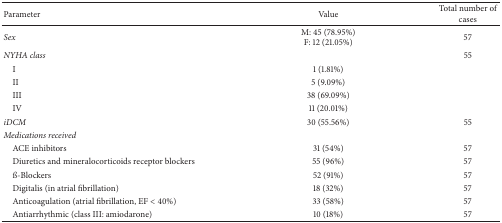
<table><thead><tr><td><b>Parameter</b></td><td><b>Value</b></td><td><b>Total number of cases</b></td></tr></thead><tbody><tr><td><i>Sex</i></td><td>M: 45 (78.95%)F: 12 (21.05%)</td><td>57</td></tr><tr><td><i>NYHA class</i> </td><td> </td><td>55</td></tr><tr><td> I</td><td>1 (1.81%)</td><td rowspan="4"> </td></tr><tr><td> II</td><td>5 (9.09%)</td></tr><tr><td> III</td><td>38 (69.09%)</td></tr><tr><td> IV</td><td>11 (20.01%)</td></tr><tr><td><i>iDCM</i></td><td>30 (55.56%)</td><td>55</td></tr><tr><td><i>Medications received</i></td><td> </td><td> </td></tr><tr><td> ACE inhibitors</td><td>31 (54%)</td><td>57</td></tr><tr><td> Diuretics and mineralocorticoids receptor blockers</td><td>55 (96%)</td><td>57</td></tr><tr><td> ß-Blockers</td><td>52 (91%)</td><td>57</td></tr><tr><td> Digitalis (in atrial fibrillation)</td><td>18 (32%)</td><td>57</td></tr><tr><td> Anticoagulation (atrial fibrillation, EF &lt; 40%)</td><td>33 (58%)</td><td>57</td></tr><tr><td> Antiarrhythmic (class III: amiodarone)</td><td>10 (18%)</td><td>57</td></tr></tbody></table>